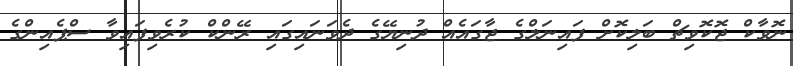
ނޮވާކް ޖޮކޮވިޗް ބަލިކޮށް ފައިނަލްގެ ޖާގައެއް ދުނިޔޭގެ ދެވަނައިގައި ރޭންކް ކުރެވިފައިވާ ސްޕެއިންގެ